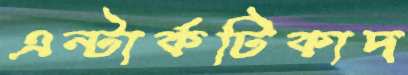
এন্টার্কটিকাদ